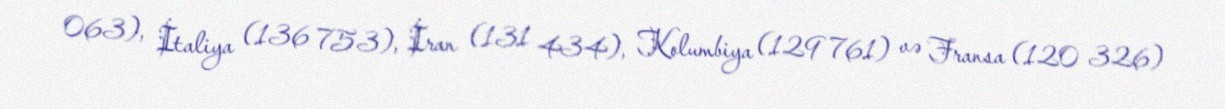
063), İtaliya (136 753), İran (131 434), Kolumbiya (129 761) və Fransa (120 326)